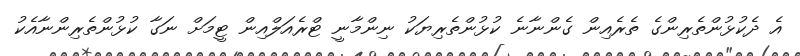
އެ ދެކުޅުންތެރިންގެ ތެރެއިން ގެންނާނެ ކުޅުންތެރިޔަކު ނިންމާނީ ޓްރެއަލްއިން ޓީމަށް ނަގާ ކުޅުންތެރިންނާއެކު